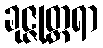
ခုဇ္ဇုတ္တရာ